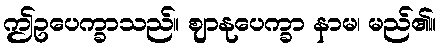
ဤဥပေက္ခာသည်။ ဈာနုပေက္ခာ နာမ၊ မည်၏။